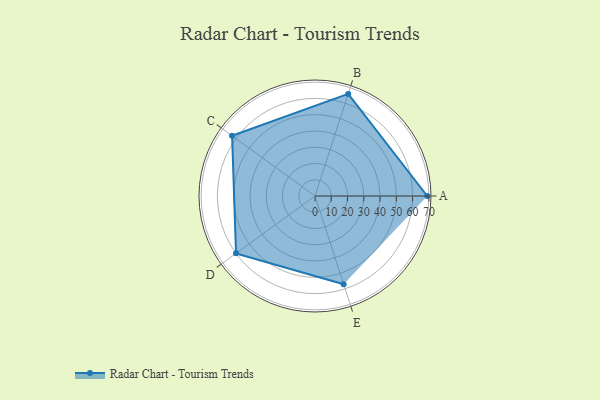
{"axis": {"x": "Skill", "y": "Score"}, "legend": ["Profile"], "data": [{"x": "A", "y": 69.0, "type": "Profile"}, {"x": "B", "y": 66.0, "type": "Profile"}, {"x": "C", "y": 63.0, "type": "Profile"}, {"x": "D", "y": 60.0, "type": "Profile"}, {"x": "E", "y": 57.0, "type": "Profile"}]}